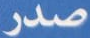
صدر